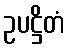
ဥပဋ္ဌိတံ